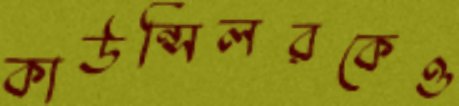
কাউন্সিলরকেও